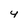
Character: 4